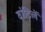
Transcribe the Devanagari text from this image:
वांटिलें